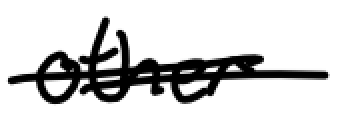
Text: other
Cross-out: double-line
Writing tool: digital_black